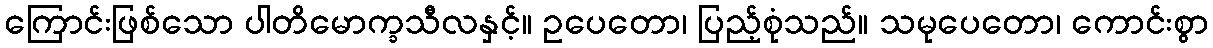
ကြောင်းဖြစ်သော ပါတိမောက္ခသီလနှင့်။ ဥပေတော၊ ပြည့်စုံသည်။ သမုပေတော၊ ကောင်းစွာ